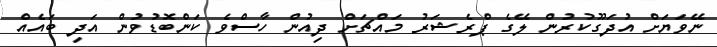
ނޭވަޔަށް އުދަގޫކުރުން ލޭގެ ޕްރެޝަރު މައްޗަށް ދިއުން ހާސްވެ ކަންބޮޑުވުން އަދި ބައެއް